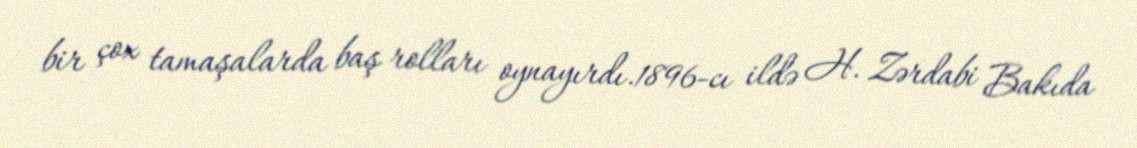
bir çox tamaşalarda baş rolları oynayırdı.1896-cı ildə H. Zərdabi Bakıda